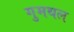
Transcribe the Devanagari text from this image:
गुमथल